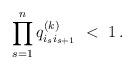
LaTeX: \begin{align*}\prod_{s=1}^{n} q^{(k)}_{i_{s}i_{s+1}} \ < \ 1 \, .\end{align*}